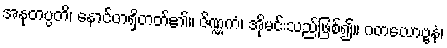
အနုတပ္ပတိ၊ နောင်တရှိတတ်၏။ ဇိဏ္ဏကံ၊ အိုမင်းသည်ဖြစ်၍။ ဂတယောဗ္ဗနံ၊